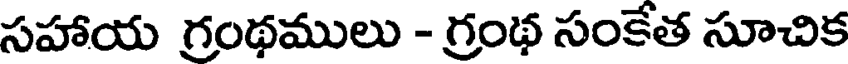
సహాయ గ్రంథములు - గ్రంథ సంకేత సూచిక